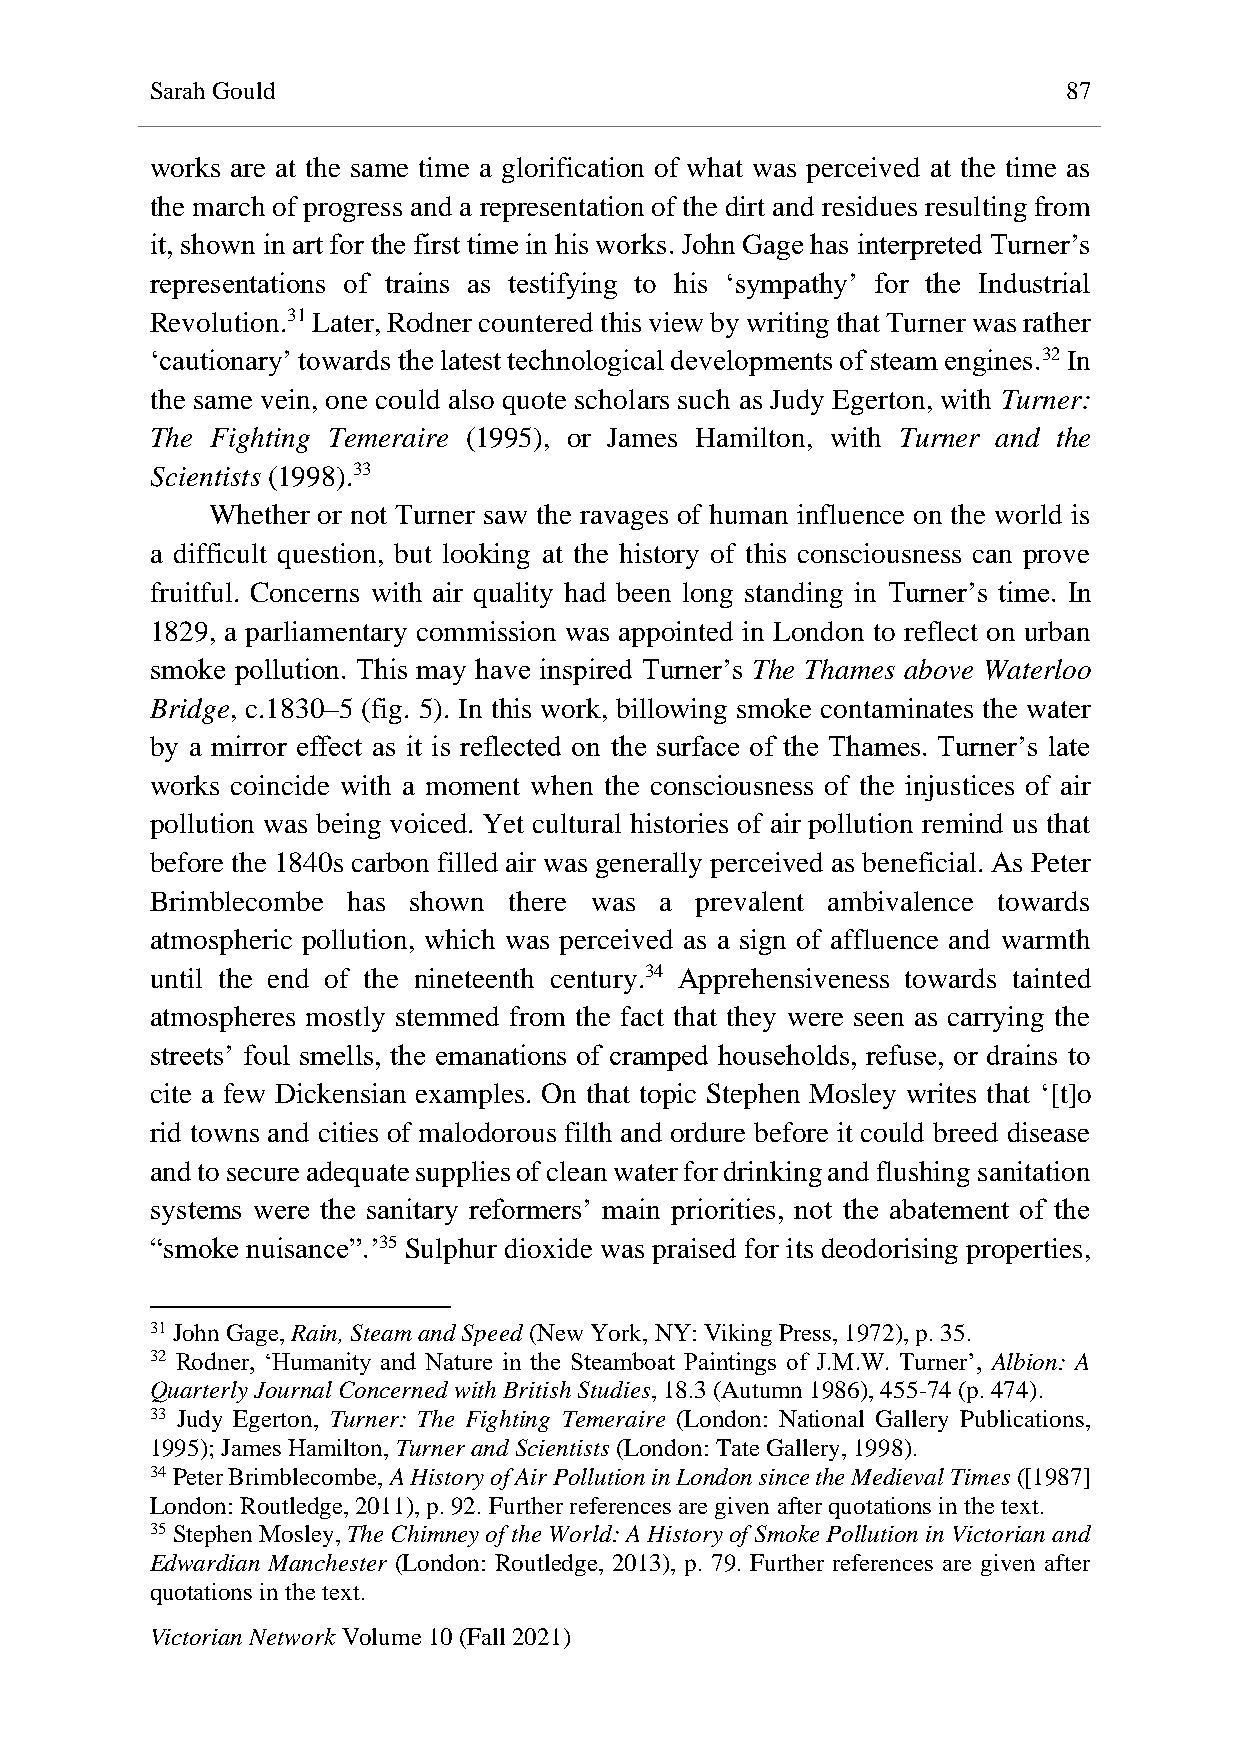
Sarah Gould                                                  87
 works are at the same time a glorification of what was perceived at the time as
 the march of progress and a representation of the dirt and residues resulting from
 it, shown in art for the first time in his works. John Gage has interpreted Turner’s
 representations of trains as testifying to his ‘sympathy’ for the Industrial
 Revolution.31 Later, Rodner countered this view by writing that Turner was rather
 ‘cautionary’ towards the latest technological developments of steam engines.32 In
 the same vein, one could also quote scholars such as Judy Egerton, with Turner:
 The Fighting Temeraire (1995), or James Hamilton, with Turner and the
 Scientists (1998).33
 Whether or not Turner saw the ravages of human influence on the world is
 a difficult question, but looking at the history of this consciousness can prove
 fruitful. Concerns with air quality had been long standing in Turner’s time. In
 1829, a parliamentary commission was appointed in London to reflect on urban
 smoke pollution. This may have inspired Turner’s The Thames above Waterloo
 Bridge, c.1830–5 (fig. 5). In this work, billowing smoke contaminates the water
 by a mirror effect as it is reflected on the surface of the Thames. Turner’s late
 works coincide with a moment when the consciousness of the injustices of air
 pollution was being voiced. Yet cultural histories of air pollution remind us that
 before the 1840s carbon filled air was generally perceived as beneficial. As Peter
 Brimblecombe has shown  there was a prevalent ambivalence towards
 atmospheric pollution, which was perceived as a sign of affluence and warmth
 until the end of the nineteenth century.34 Apprehensiveness towards tainted
 atmospheres mostly stemmed from the fact that they were seen as carrying the
 streets’ foul smells, the emanations of cramped households, refuse, or drains to
 cite a few Dickensian examples. On that topic Stephen Mosley writes that ‘[t]o
 rid towns and cities of malodorous filth and ordure before it could breed disease
 and to secure adequate supplies of clean water for drinking and flushing sanitation
 systems were the sanitary reformers’ main priorities, not the abatement of the
 “smoke nuisance”.’35 Sulphur dioxide was praised for its deodorising properties,
 31 John Gage, Rain, Steam and Speed (New York, NY: Viking Press, 1972), p. 35.
 32 Rodner, ‘Humanity and Nature in the Steamboat Paintings of J.M.W. Turner’, Albion: A
 Quarterly Journal Concerned with British Studies, 18.3 (Autumn 1986), 455-74 (p. 474).
 33 Judy Egerton, Turner: The Fighting Temeraire (London: National Gallery Publications,
 1995); James Hamilton, Turner and Scientists (London: Tate Gallery, 1998).
 34 Peter Brimblecombe, A History of Air Pollution in London since the Medieval Times ([1987]
 London: Routledge, 2011), p. 92. Further references are given after quotations in the text.
 35 Stephen Mosley, The Chimney of the World: A History of Smoke Pollution in Victorian and
 Edwardian Manchester (London: Routledge, 2013), p. 79. Further references are given after
 quotations in the text.
 Victorian Network Volume 10 (Fall 2021)